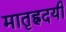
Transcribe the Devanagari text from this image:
मातृह्रदयी